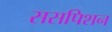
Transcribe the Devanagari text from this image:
ससपिशन